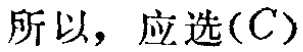
所以，应选\((C)\)